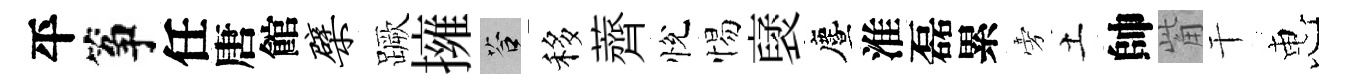
平筝任唐館檗蹶擁答移薺悅惕裦󵨌淮磊累旁土帥觜干惠